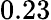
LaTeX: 0.23